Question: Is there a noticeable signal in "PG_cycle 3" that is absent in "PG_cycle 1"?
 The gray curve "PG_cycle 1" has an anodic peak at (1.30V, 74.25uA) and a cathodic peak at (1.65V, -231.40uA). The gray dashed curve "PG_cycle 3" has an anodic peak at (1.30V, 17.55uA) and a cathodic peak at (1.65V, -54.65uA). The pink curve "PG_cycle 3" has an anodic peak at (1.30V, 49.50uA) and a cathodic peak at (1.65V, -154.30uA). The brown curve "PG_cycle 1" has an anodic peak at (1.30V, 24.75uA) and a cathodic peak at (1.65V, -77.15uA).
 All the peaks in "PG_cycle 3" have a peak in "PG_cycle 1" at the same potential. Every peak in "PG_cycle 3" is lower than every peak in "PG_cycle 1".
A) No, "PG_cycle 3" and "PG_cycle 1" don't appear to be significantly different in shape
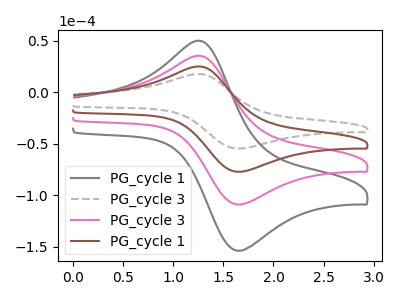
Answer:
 <answer>A) No, "PG_cycle 3" and "PG_cycle 1" don't appear to be significantly different in shape</answer>
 <eval>A</eval>